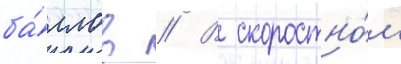
ба́ллов // В скоростно́м